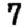
Digit: 7